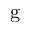
\mathrm { g }